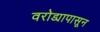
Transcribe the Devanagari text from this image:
वरोड्यापासून